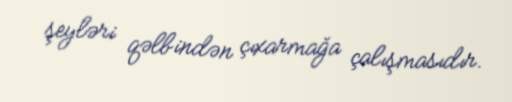
şeyləri qəlbindən çıxarmağa çalışmasıdır.